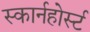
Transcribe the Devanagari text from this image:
स्कार्नहोर्स्ट